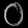
Digit: ၀